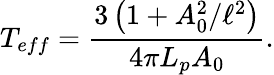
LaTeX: T_{eff}=\frac{3\left(1+A_{0}^{2}/\ell^{2}\right)}{4\pi L_{p}A_{0}}.